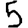
Digit: 5